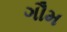
ગૌમ